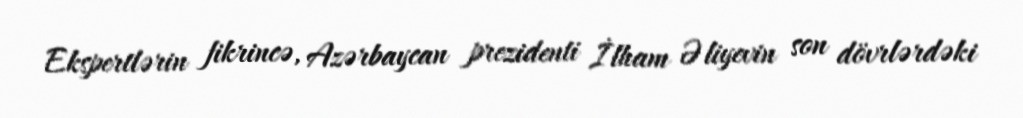
Ekspertlərin fikrincə, Azərbaycan prezidenti İlham Əliyevin son dövrlərdəki